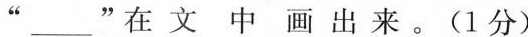
”___”在文中画出来。(1分)